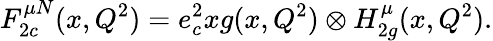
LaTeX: F_{2c}^{\mu N}(x,Q^{2})=e_{c}^{2}xg(x,Q^{2})\otimes H_{2g}^{\mu}(x,Q^{2}).